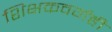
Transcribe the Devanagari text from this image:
शिक्षकवर्गही